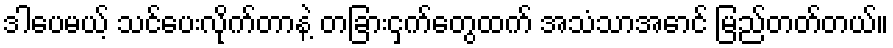
ဒါပေမယ့် သင်ပေးလိုက်တာနဲ့ တခြားငှက်တွေထက် အသံသာအောင် မြည်တတ်တယ်။